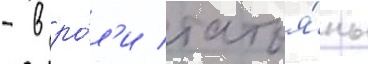
- в ро́л'и татья́ны